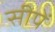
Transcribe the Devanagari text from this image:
सीपें